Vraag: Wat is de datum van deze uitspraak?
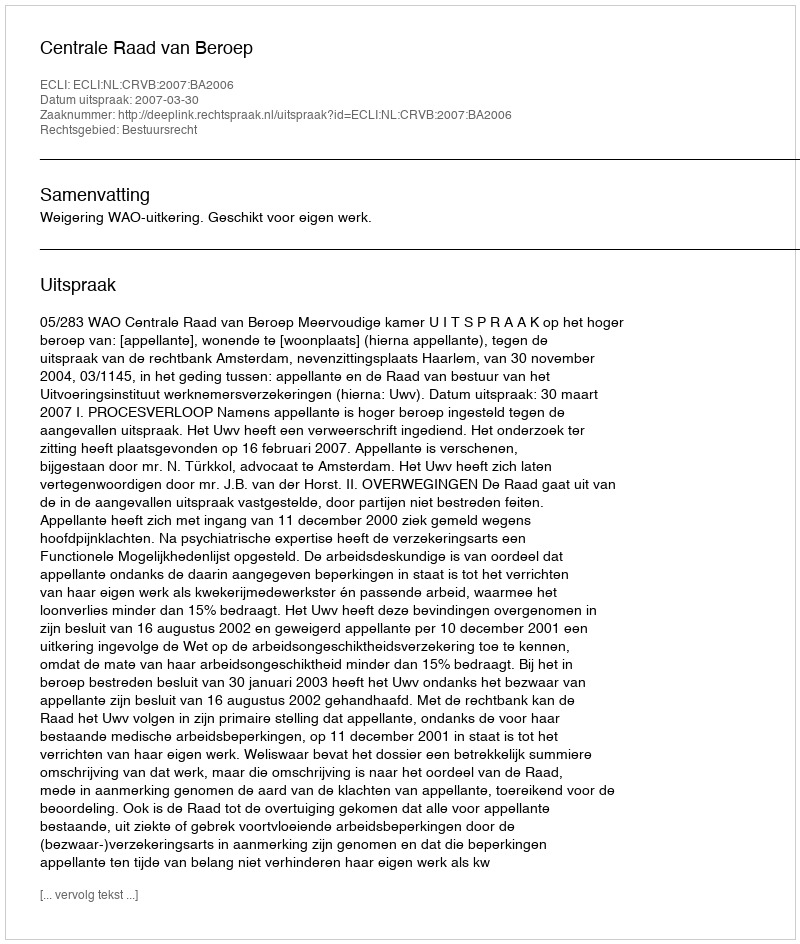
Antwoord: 2007-03-30